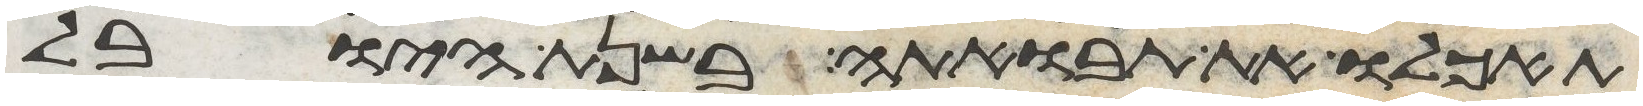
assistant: תאכלו את תבואתה בשנת היובל